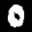
Label: 0